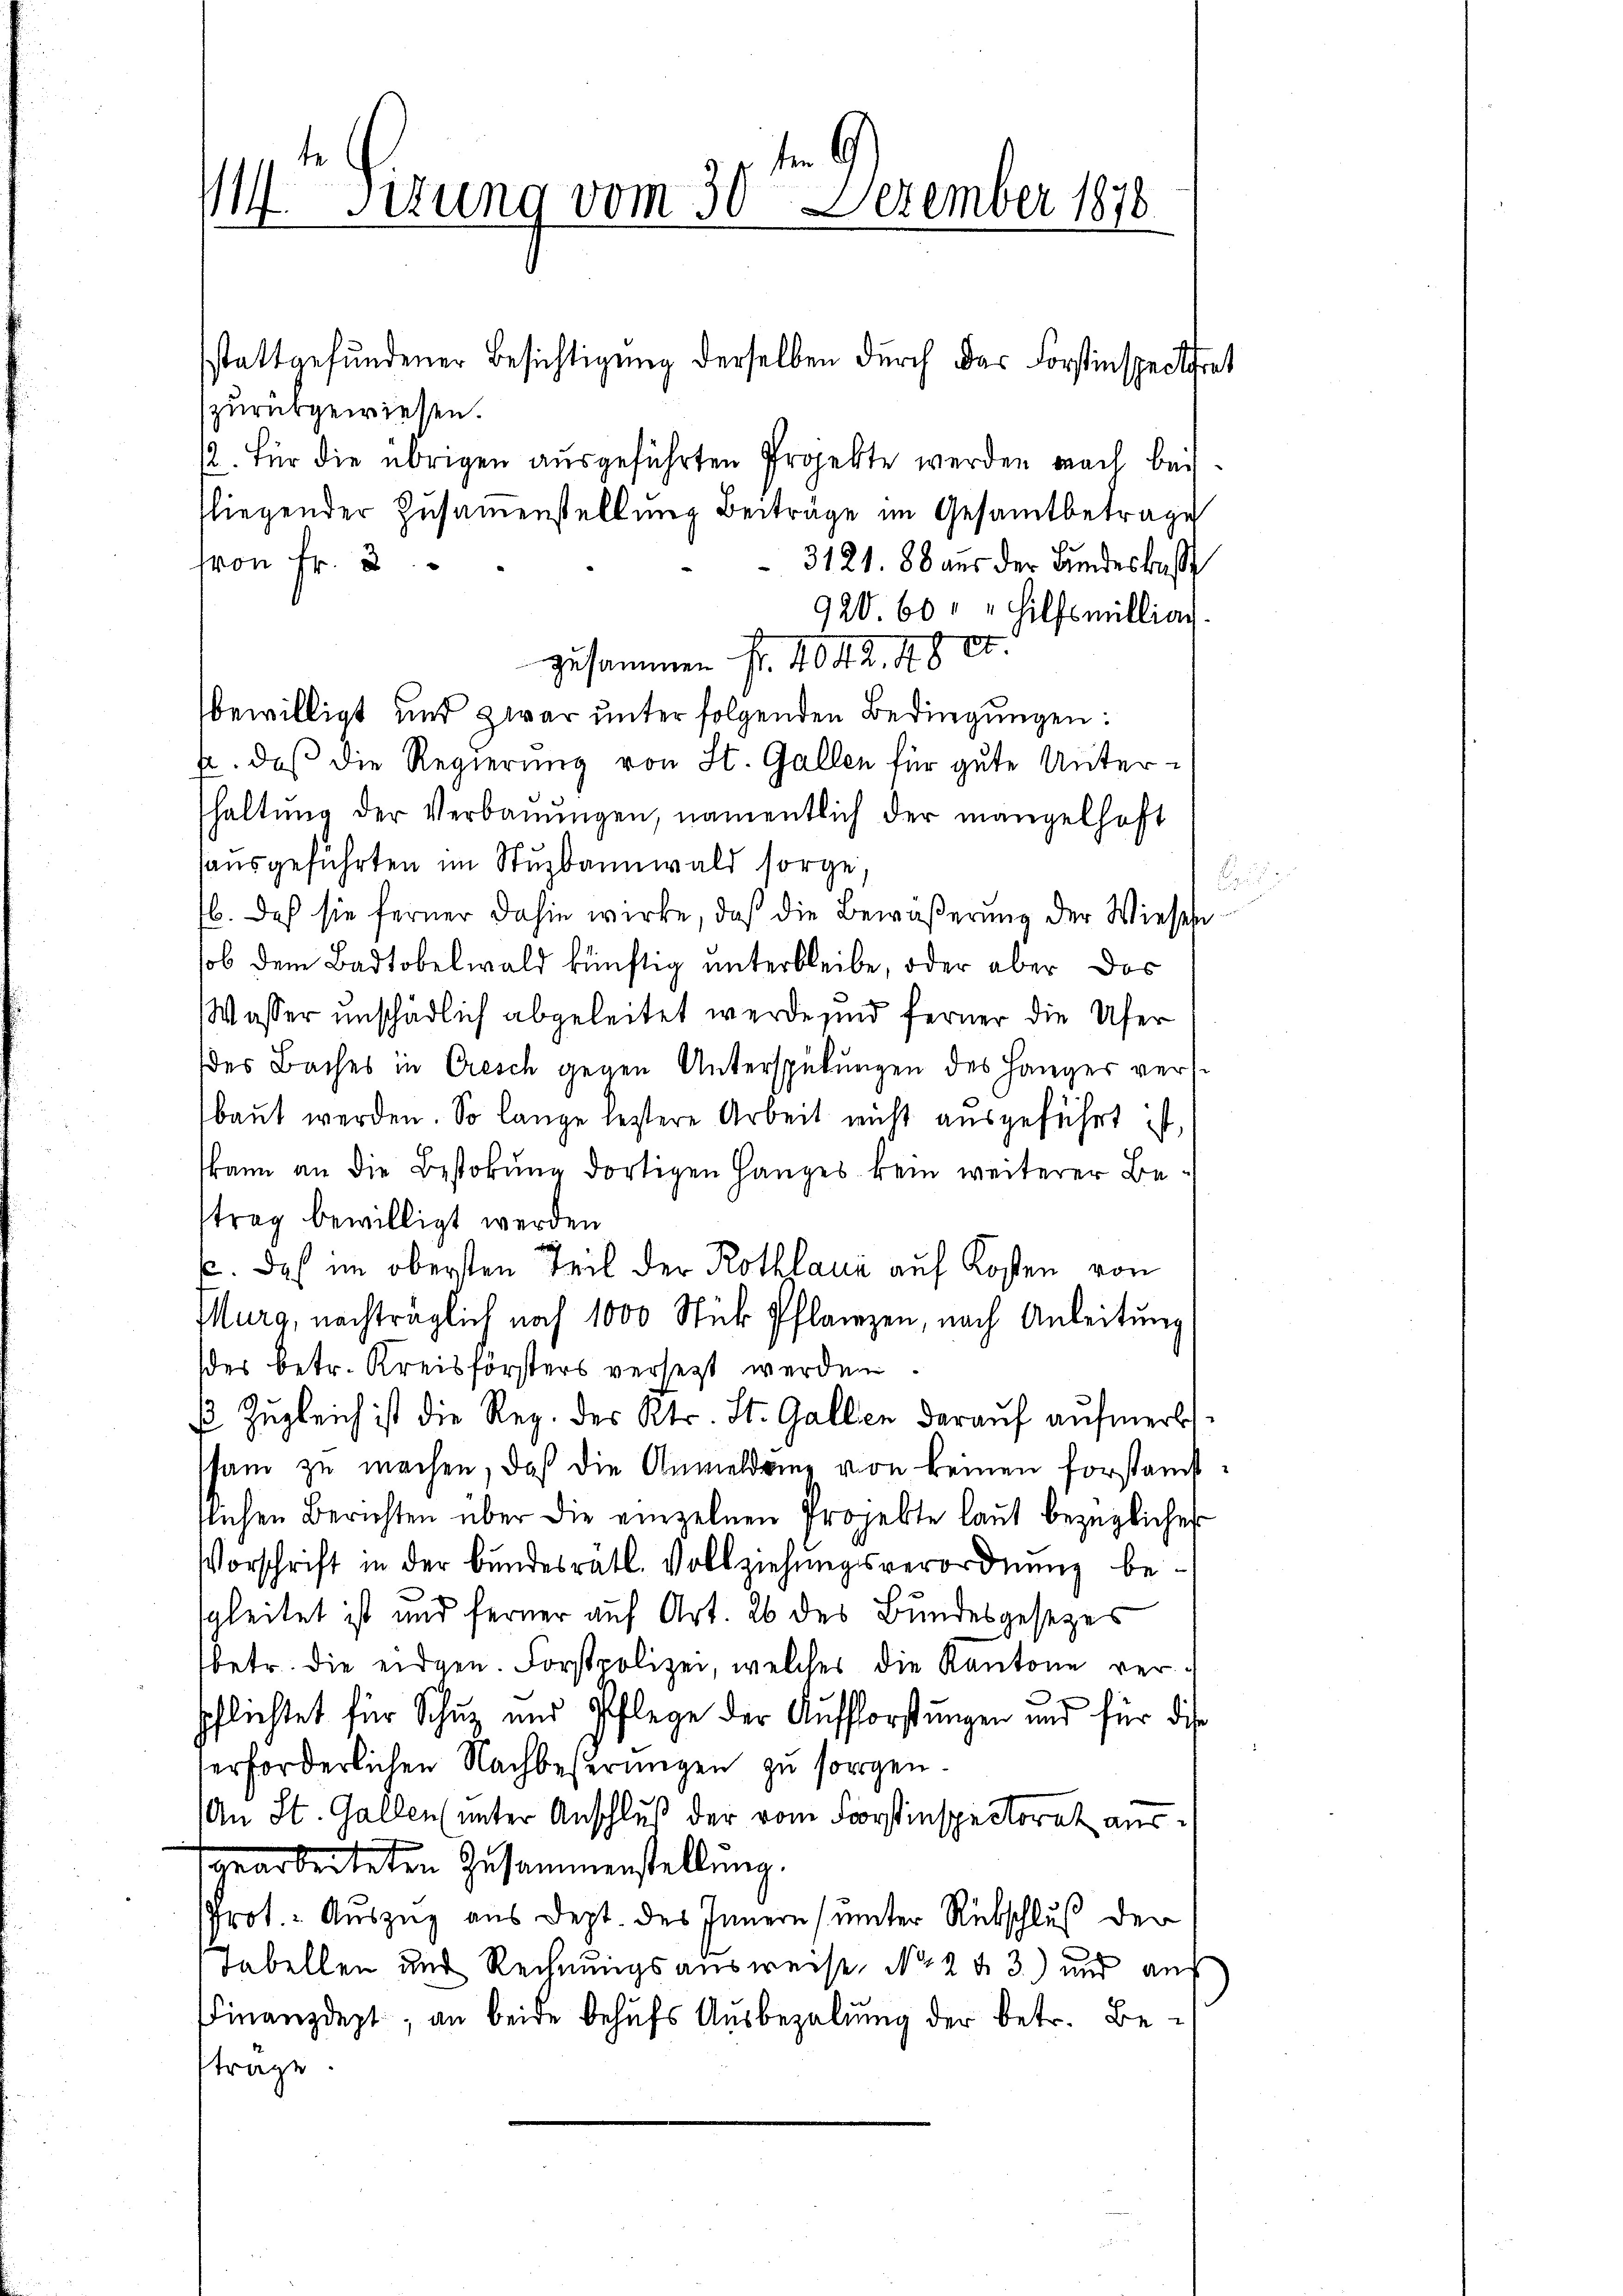
1 ten G
14. Situng vom 30 Dezember 1878

stattgefundener Besichtigung derselben durch das Forstinspectiret
zurückgewiesen.
12. Für die übrigen ausgeführten Projekte werden nach bei
fliegender Zusammenstellung Beiträge im Gesamtbetrage
von Fr. 3
3121. 88 aus der Bundeskaß
920.60 " " Hilfsmilliag
zusammen fr. 4042. 4800
bewilligt und zwar unter folgenden Bedingungen:
a. daß die Regierung von St. Gallen für gute Unterhaltŭng der Verbaŭŭngen, namentlich der mangelhaft
ausgeführten im Stuzbannwald sorge,
b. Doch sie ferner dahin wirke, daß die Bewäßerung der Wiesehe
sob dem Badtobelwald künftig unterbleibe, oder aber das
Wasser unschädlich abgeleitet werde sind ferner die Ufer
des Baches in Cresch gegen Unterspülungen des Hänger versbaut werden. So lange leztere Arbeit nicht ausgeführt ist,
kann an die Bestokung dortigen Hanges kein weiterer Betrag bewilligt werden.
c. Das im obersten Teil der Rothlaue auf Kosten von
Murg, nachträglich nach 1000 Stück Pflanzen, nach Anleitung
der betr. Kreisförsters versetzt werden
ß Zugleich ist die Reg. des Kts. St. Gallen darauf aufmerkt.
ssam zu machen, daß die Anmeldung von keinen forstamtflichen Berichten über die einzelnen Projekte laut bezüglicher
Vorschrift in der bundesrätl. Vollziehungsverordnung begleitet ist und ferner auf Art. 26 des Bundesgesezes
betr. die eidgen. Forstpolizei, welches die Kantone verpflichtet für Schutz und Pflege der Aufforstungen und für die
serforderlichen Nachbeßerungen zu sorgen.
An St. Gallen (unter Anschluß der vom Forstinspectorat ausrbeiteten Zusammenstellung.
Prot. Auszug aus Dept. des Innern (unter Rückschluß der
Tabellen und Rechnungsausweise, No 2 43) und auf
Finanzdept, an beide behŭfs Aŭsbezahlŭng der betr. Be-
trage

B